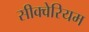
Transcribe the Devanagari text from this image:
सीक्वेरियम